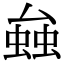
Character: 𧌦